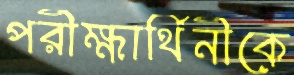
পরীক্ষার্থিনীকে